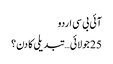
آئی بی سی اردو
25 جولائی… تبدیلی کا دن؟